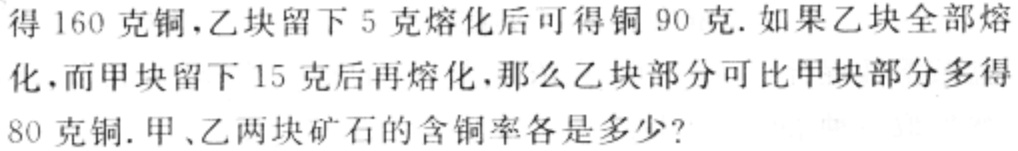
得160克铜，乙块留下5克熔化后可得铜90克.如果乙块全部熔化，而甲块留下15克后再熔化，那么乙块部分可比甲块部分多得

80克铜.甲、乙两块矿石的含铜率各是多少?